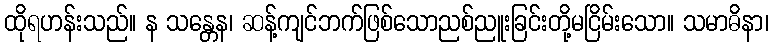
ထိုရဟန်းသည်။ န သန္တေန၊ ဆန့်ကျင်ဘက်ဖြစ်သောညစ်ညူးခြင်းတို့မငြိမ်းသော။ သမာဓိနာ၊